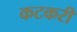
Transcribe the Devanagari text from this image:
कटकरी